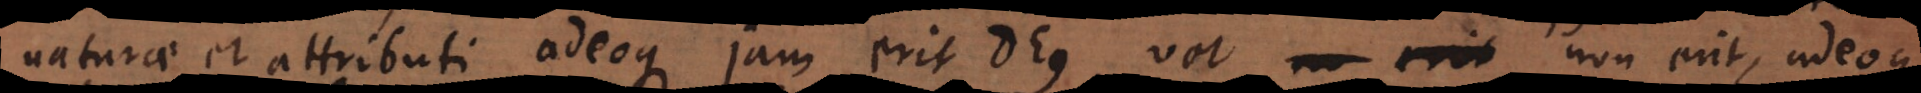
naturae et attributi adeoque jam erit Deus, vel non erit, adeoque